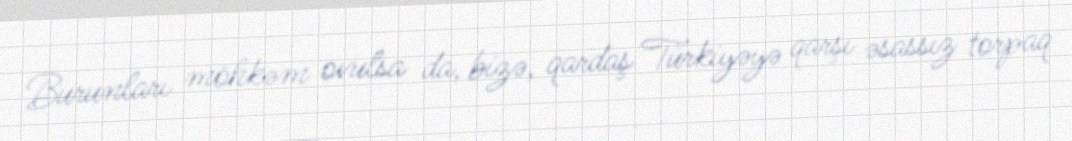
Burunları möhkəm ovulsa da, bizə, qardaş Türkiyəyə qarşı əsassız torpaq